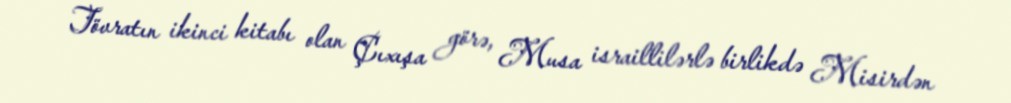
Tövratın ikinci kitabı olan Çıxışa görə, Musa israillilərlə birlikdə Misirdən